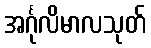
အင်္ဂုလိမာလသုတ်